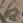
日